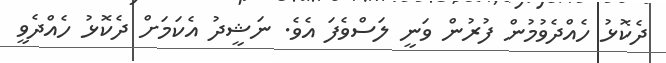
ދެކޮޅު ހެއްދެވުމުން ފުރުން ވަނީ ލަސްވެފަ އެވެ. ނަޝީދު އެކަމަށް ދެކޮޅު ހެއްދެވީ